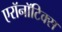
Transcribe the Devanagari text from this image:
एरॉनॉटिक्स